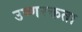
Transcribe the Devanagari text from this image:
उष्णरक्तता